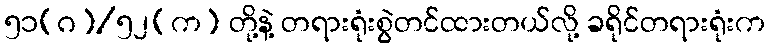
၅၁(ဂ)/၅၂(က) တို့နဲ့ တရားရုံးစွဲတင်ထားတယ်လို့ ခရိုင်တရားရုံးက